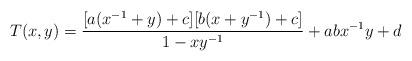
LaTeX: \begin{align*}T(x,y) = \frac{[a(x^{-1}+y)+c][b(x+y^{-1})+c]}{1-x y^{-1}} + a b x^{-1} y +d\end{align*}